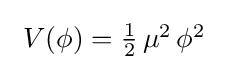
{\textstyle ~V(\phi )={\frac {1}{2}}\,\mu ^{2}\,\phi ^{2}~}